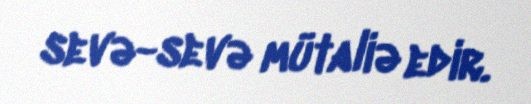
sevə-sevə mütaliə edir.